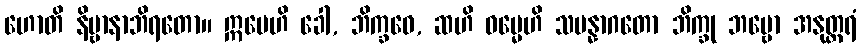
ဟောတိ နိဗ္ဗာနာဘိရတော။ ဣမေဟိ ခေါ, ဘိက္ခဝေ, ဆဟိ ဓမ္မေဟိ သမန္နာဂတော ဘိက္ခု ဘဗ္ဗော အနုတ္တရံ